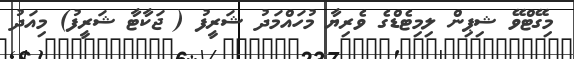
މިގޭޓްވޭ ޝިޕިން ލިމިޓެޑްގެ ވެރިޔާ މުހައްމަދު ޝަރީފު ( ޖަކާޓާ ޝަރީފު) މިއަދު